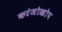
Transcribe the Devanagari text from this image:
करंजोखोप